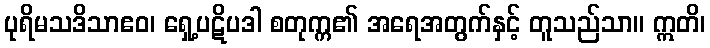
ပုရိမသဒိသာဧဝ၊ ရှေ့ပဋိပဒါ စတုက္က၏ အရေအတွက်နှင့် တူသည်သာ။ ဣတိ၊